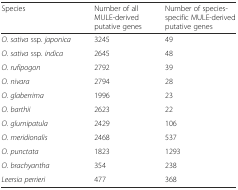
| Species | Number of all MULE-derived putative genes | Number of species-specific MULE-derived putative genes |
 | --- | --- | --- |
 | O. sativa ssp. japonica | 3245 | 49 |
 | O. sativa ssp. indica | 2645 | 48 |
 | O. rufipogon | 2792 | 39 |
 | O. nivara | 2794 | 28 |
 | O. glaberrima | 1996 | 23 |
 | O. barthii | 2623 | 22 |
 | O. glumipatula | 2429 | 106 |
 | O. meridionalis | 2468 | 537 |
 | O. punctata | 1823 | 1293 |
 | O. brachyantha | 354 | 238 |
 | Leersia perrieri | 477 | 368 |